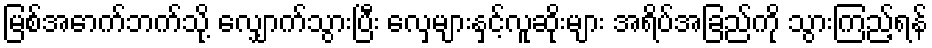
မြစ်အောက်ဘက်သို့ လျှောက်သွားပြီး လှေများနှင့်လူဆိုးများ အရိပ်အခြည်ကို သွားကြည့်ရန်